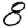
Digit: 8